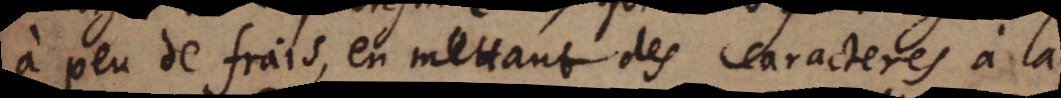
à peu de frais, en mettant des caracteres à la